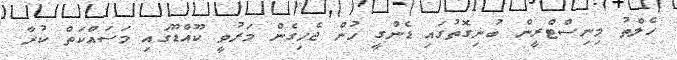
ހެލްތު މިނިސްޓްރީން ބުނިގޮތުގައި ޑެންގީ ހުން ޖެހިގެން މަރުވީ ކޫއްޑޫގައި މަސައްކަތް ކުރާ